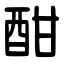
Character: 酣